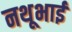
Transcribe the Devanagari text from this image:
नथूभाई